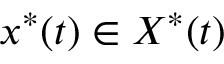
x ^ { \ast } ( t ) \in X ^ { \ast } ( t )